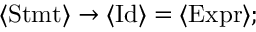
\langle { \mathrm { S t m t } } \rangle \to \langle { \mathrm { I d } } \rangle = \langle { \mathrm { E x p r } } \rangle ;